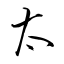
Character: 太